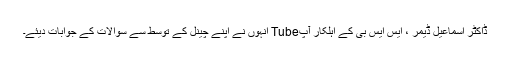
ڈاکٹر اسماعیل ڈیمر ، ایس ایس بی کے اہلکار آپTube انہوں نے اپنے چینل کے توسط سے سوالات کے جوابات دیئے۔